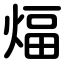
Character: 煏